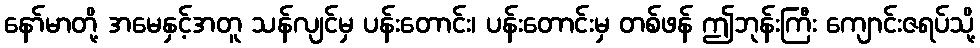
နော်မာတို့ အမေနှင့်အတူ သန်လျင်မှ ပန်းတောင်း၊ ပန်းတောင်းမှ တစ်ဖန် ဤဘုန်းကြီး ကျောင်းဇရပ်သို့